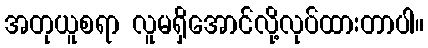
အတုယူစရာ လူမရှိအောင်လို့လုပ်ထားတာပါ။